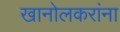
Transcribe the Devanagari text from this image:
खानोलकरांना